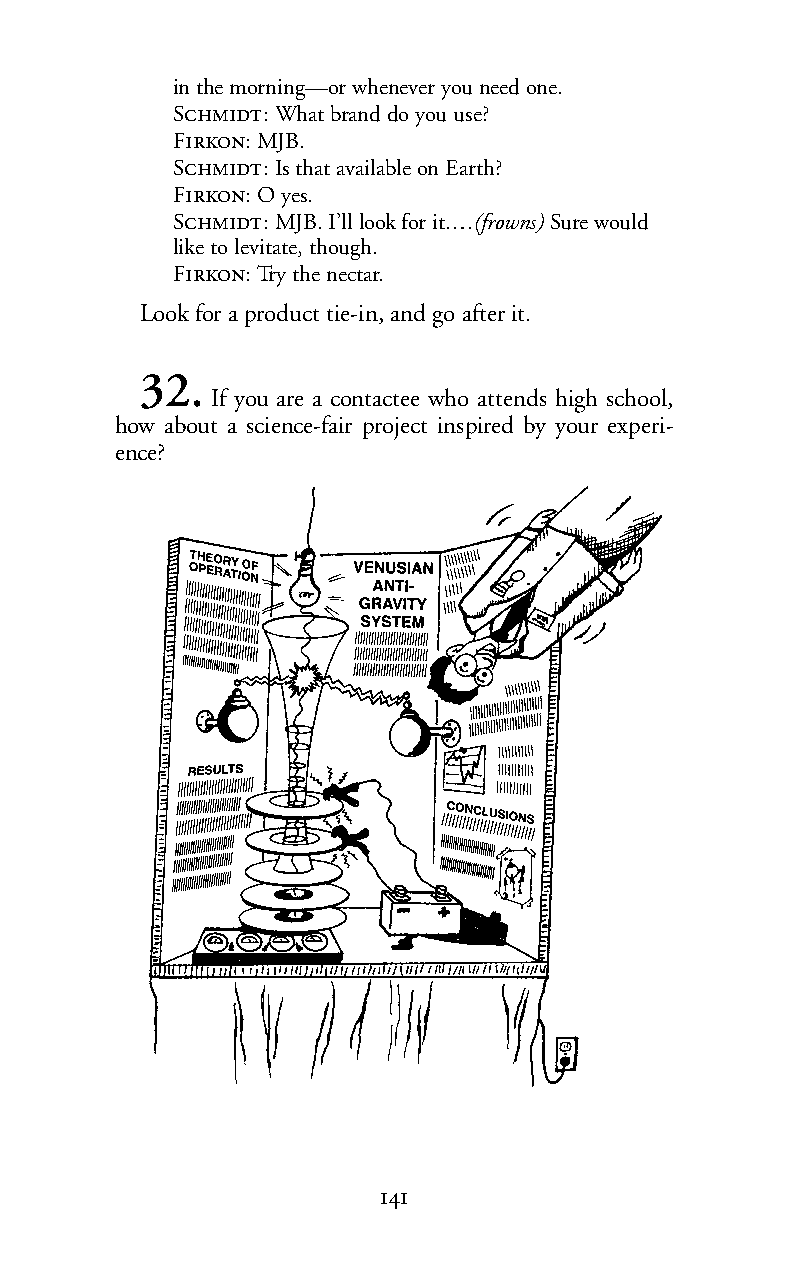
in the morning—or whenever you need one.
 S:What brand do you use?
 F:MJB.
 S:Is that available on Earth?
 F:Oyes.
 S:MJB. I’ll look for it.…(frowns) Sure would
 like to levitate, though.
 F:Try the nectar.
 Look for a product tie-in, and go after it.
 32.
 If you are a contactee who attends high school,
 how about a science-fair project inspired by your experi-
 ence?
 